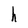
Character: h